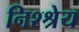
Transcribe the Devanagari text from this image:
निश्श्रेय